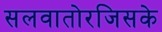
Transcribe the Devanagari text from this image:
सलवातोरजिसके